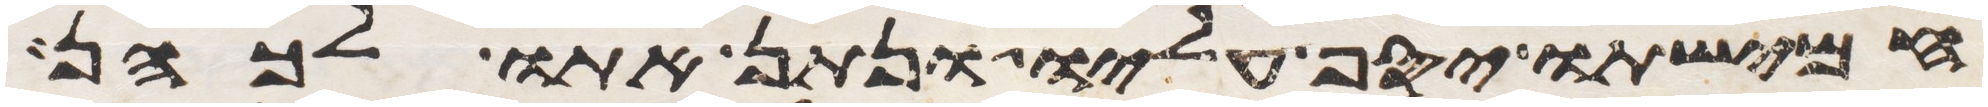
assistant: חמישתו יסף עליו ונתן אתו לכהן